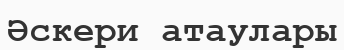
Әскери атаулары